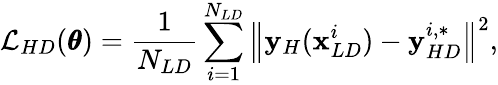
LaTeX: \mathcal{L}_{HD}(\pmb{\theta})=\frac{1}{N_{LD}}\sum_{i=1}^{N_{LD}}{\left\| \mathbf{y}_{H}(\mathbf{x}_{LD}^{i})-\mathbf{y}_{HD}^{i,*}\right\| ^{2}},